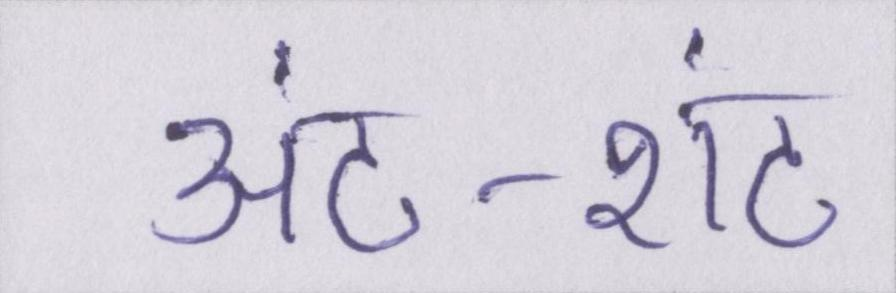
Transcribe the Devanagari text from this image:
अंट-शंट